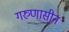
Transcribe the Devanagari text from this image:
गरुणासीन